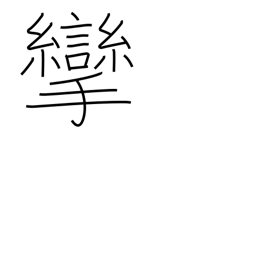
Meaning: bent